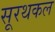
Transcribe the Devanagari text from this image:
सूरथकल